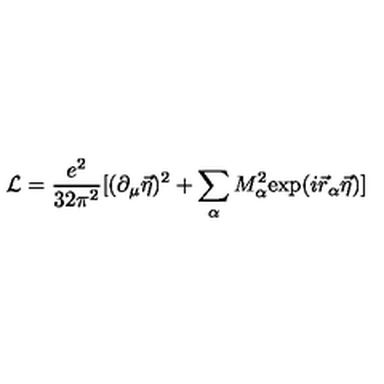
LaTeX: { \cal L } = \frac { e ^ { 2 } } { 3 2 \pi ^ { 2 } } [ ( \partial _ { \mu } \vec { \eta } ) ^ { 2 } + \sum _ { \alpha } M _ { \alpha } ^ { 2 } \mathrm { e x p } ( i \vec { r } _ { \alpha } \vec { \eta } ) ]